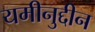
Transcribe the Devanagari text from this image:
यमीनुद्दीन